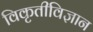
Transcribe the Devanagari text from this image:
विकृतीविज्ञान